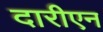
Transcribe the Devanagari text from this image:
दारीएन